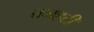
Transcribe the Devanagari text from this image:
तजहटी